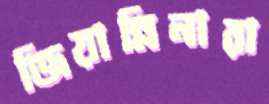
জিয়ান্নিনারা